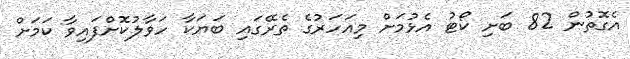
އެގޮތުން 82 ބަށި ކޯޓު އެޅުމަށް މިއަހަރުގެ ތެރޭގައި ބަޔަކާ ހަވާލުކޮށްފައިވާ ކަމަށް